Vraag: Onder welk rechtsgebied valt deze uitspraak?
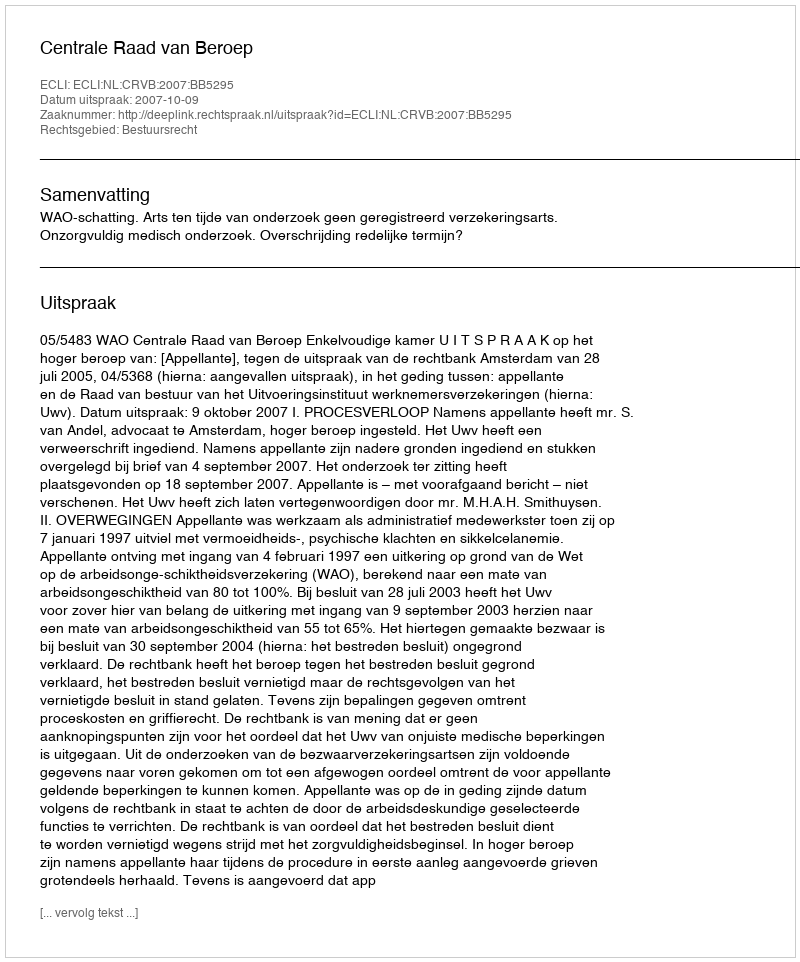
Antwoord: Bestuursrecht